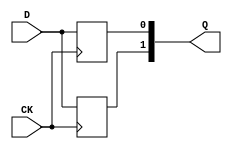
module libhdl_ddr2sdrN
#(  parameter N = 1)
(   input  wire           CK,
    input  wire [N-1:0]   D,
    output reg  [N*2-1:0] Q);

genvar k;
generate
for (k = 0; k < N; k = k + 1) begin
    always @ (posedge CK)
        Q[k*2+0] <= D[k];
    always @ (negedge CK)
        Q[k*2+1] <= D[k];
end
endgenerate

endmodule